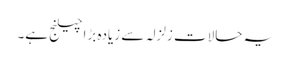
یہ حالات زلزلہ سے زیادہ بڑا چیلنج ہے۔